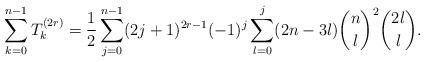
LaTeX: \begin{align*}\sum_{k=0}^{n-1}T_k^{(2r)}=\frac12\sum_{j=0}^{n-1}(2j+1)^{2r-1}(-1)^j\sum_{l=0}^j(2n-3l)\binom{n}l^2\binom{2l}l.\end{align*}